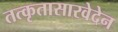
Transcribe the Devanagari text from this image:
तत्कृतासारवेदेन